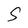
Character: S